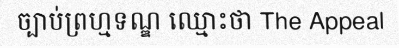
ច្បាប់ព្រហ្មទណ្ឌ ឈ្មោះថា The Appeal